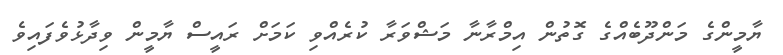
ޔާމީންގެ މަންދޫބެއްގެ ގޮތުން އިމްރާނާ މަޝްވަރާ ކުރެއްވި ކަމަށް ރައީސް ޔާމީން ވިދާޅުވެފައިވެ